Lunatic asylums United Provinces 1909-1921 - 1909-1921
Year: 1909
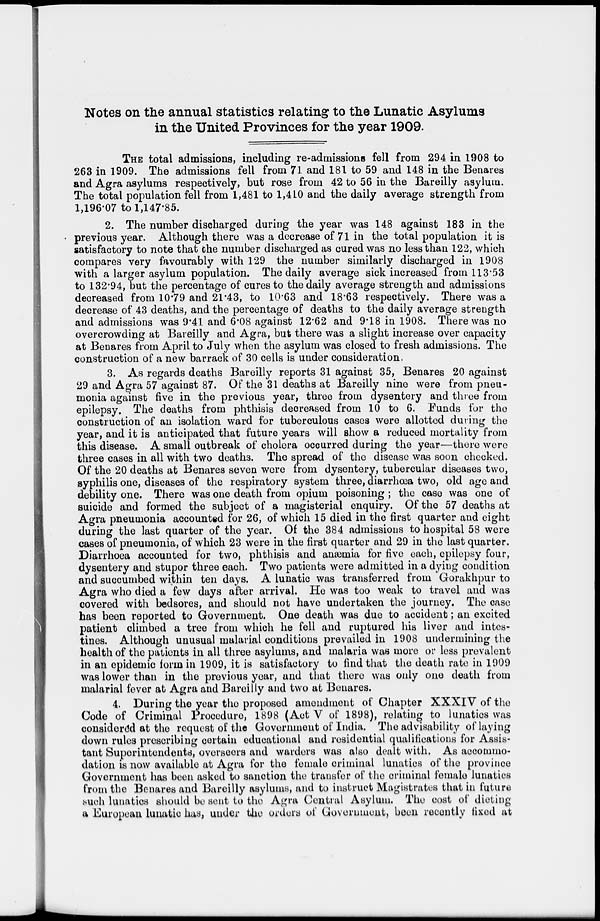
Notes on the annual statistics relating to the Lunatic Asylums
in the United Provinces for the year 1909.
THE total admissions, including re-admissions fell from 294 in 1908 to
263 in 1909. The admissions fell from 71 and 181 to 59 and 148 in the Benares
and Agra asylums respectively, but rose from 42 to 56 in the Bareilly asylum.
The total population fell from 1,481 to 1,410 and the daily average strength from
1,196.07 to 1,147.85.
2. The number discharged during the year was 148 against 183 in the
previous year. Although there was a decrease of 71 in the total population it is
satisfactory to note that the number discharged as cured was no less than 122, which
compares very favourably with 129 the number similarly discharged in 1908
with a larger asylum population. The daily average sick increased from 113.53
to 132.94, but the percentage of cures to the daily average strength and admissions
decreased from 10.79 and 21.43, to 10.63 and 18.63 respectively. There was a
decrease of 43 deaths, and the percentage of deaths to the daily average strength
and admissions was 9.41 and 6.08 against 12.62 and 9.18 in 1908. There was no
overcrowding at Bareilly and Agra, but there was a slight increase over capacity
at Benares from April to July when the asylum was closed to fresh admissions. The
construction of a new barrack of 30 cells is under consideration,
3. As regards deaths Bareilly reports 31 against 35, Benares 20 against
29 and Agra 57 against 87. Of the 31 deaths at Bareilly nine were from pneu-
monia against five in the previous year, three from dysentery and three from
epilepsy. The deaths from phthisis decreased from 10 to 6. Funds for the
construction of an isolation ward for tuberculous cases were allotted during the
year, and it is anticipated that future years will show a reduced mortality from
this disease. A small outbreak of cholera occurred during the year—there were
three cases in all with two deaths. The spread of the disease was soon checked.
Of the 20 deaths at Benares seven were from dysentery, tubercular diseases two,
syphilis one, diseases of the respiratory system three, diarrhœa two, old age and
debility one. There was one death from opium poisoning ; the case was one of
suicide and formed the subject of a magisterial enquiry. Of the 57 deaths at
Agra pneumonia accounted for 26, of which 15 died in the first quarter and eight
during the last quarter of the year. Of the 384 admissions to hospital 58 were
cases of pneumonia, of which 23 were in the first quarter and 29 in the last quarter.
Diarrhoea accounted for two, phthisis and anæmia for five each, epilepsy four,
dysentery and stupor three each. Two patients were admitted in a dying condition
and succumbed within ten days. A lunatic was transferred from Gorakhpur to
Agra who died a few days after arrival. He was too weak to travel and was
covered with bedsores, and should not have undertaken the journey. The case
has been reported to Government. One death was due to accident; an excited
patient climbed a tree from which he fell and ruptured his liver and intes-
tines. Although unusual malarial conditions prevailed in 1908 undermining the
health of the patients in all three asylums, and malaria was more or less prevalent
in an epidemic form in 1909, it is satisfactory to find that the death rate in 1909
was lower than in the previous year, and that there was only one death from
malarial fever at Agra and Bareilly and two at Benares.
4. During the year the proposed amendment of Chapter XXXIV of the
Code of Criminal Procedure, 1898 (Act V of 1898), relating to lunatics was
considered at the request of the Government of India. The advisability of laying
down rules prescribing certain educational and residential qualifications for Assis-
tant Superintendents, overseers and warders was also dealt with. As accommo-
dation is now available at Agra for the female criminal lunatics of the province
Government has been asked to sanction the transfer of the criminal female lunatics
from the Benares and Bareilly asylums, and to instruct Magistrates that in future
such lunatics should be sent to the Agra Central Asylum. The cost of dieting
a European lunatic has, under the orders of Government, been recently fixed at